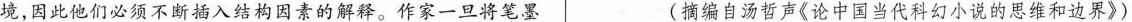
境，因此他们必须不断插入结构因素的解释。作家一旦将笔墨 (摘编自汤哲声《论中国当代科幻小说的思维和边界》)